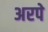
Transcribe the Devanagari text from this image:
अरपे